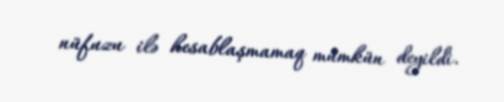
nüfuzu ilə hesablaşmamaq mümkün deyildi.